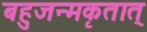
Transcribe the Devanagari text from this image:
बहुजन्मकृतात्